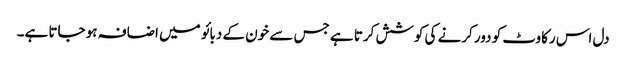
دل اس رکاوٹ کو دور کرنے کی کوشش کرتا ہے جس سے خون کے دبائو میں اضافہ ہو جاتا ہے۔